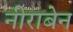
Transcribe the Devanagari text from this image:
नीराबेन